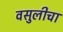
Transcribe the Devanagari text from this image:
वसुलीचा